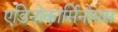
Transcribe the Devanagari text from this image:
एडिनोकार्सिनोमस